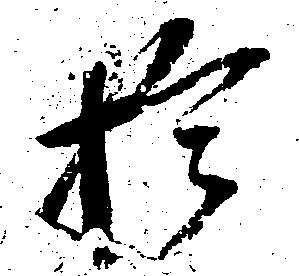
於